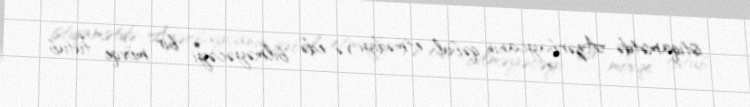
istiqamətdə Azərbaycanın qəbul etmədiyi və edə bilməyəcəyi bir mövqe tutub.